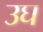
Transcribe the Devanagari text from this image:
उघ